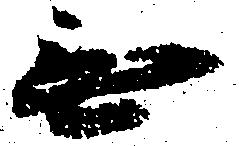
無